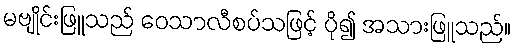
မဗျိုင်းဖြူသည် ဝေသာလီစပ်သဖြင့် ပို၍ အသားဖြူသည်။